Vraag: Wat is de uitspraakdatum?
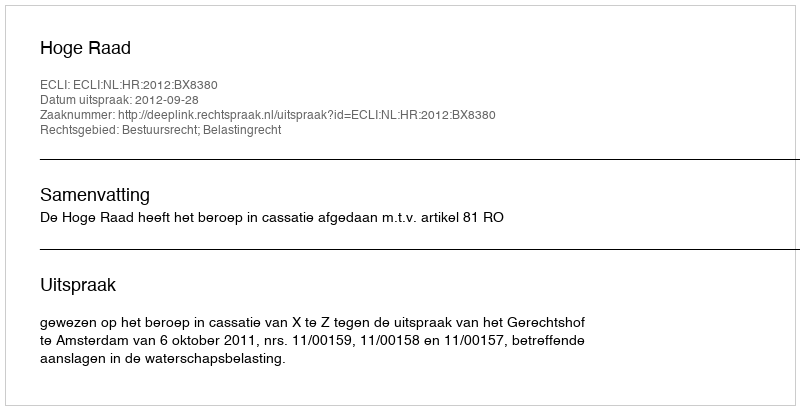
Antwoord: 2012-09-28